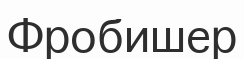
Фробишер